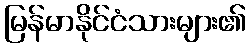
မြန်မာနိုင်ငံသားများ၏